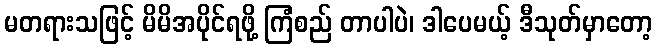
မတရားသဖြင့် မိမိအပိုင်ရဖို့ ကြံစည် တာပါပဲ၊ ဒါပေမယ့် ဒီသုတ်မှာတော့